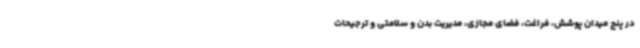
در پنج میدان پوشش، فراغت، فضای مجازی، مدیریت بدن و سلامتی و ترجیحات